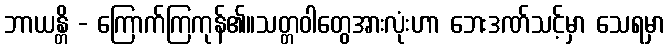
ဘာယန္တိ - ကြောက်ကြကုန်၏။သတ္တဝါတွေအားလုံးဟာ ဘေးဒဏ်သင့်မှာ သေရမှာ